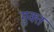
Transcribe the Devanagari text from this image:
मु़क्त